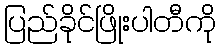
ပြည်ခိုင်ဖြိုးပါတီကို